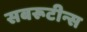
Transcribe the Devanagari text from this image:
सबरूटीन्स